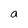
Character: a